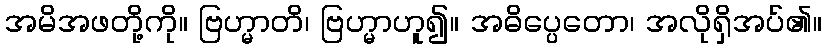
အမိအဖတို့ကို။ ဗြဟ္မာတိ၊ ဗြဟ္မာဟူ၍။ အဓိပ္ပေတော၊ အလိုရှိအပ်၏။